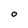
Character: O